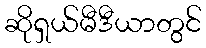
ဆိုရှယ်မီဒီယာတွင်